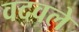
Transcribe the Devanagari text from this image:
वदवले